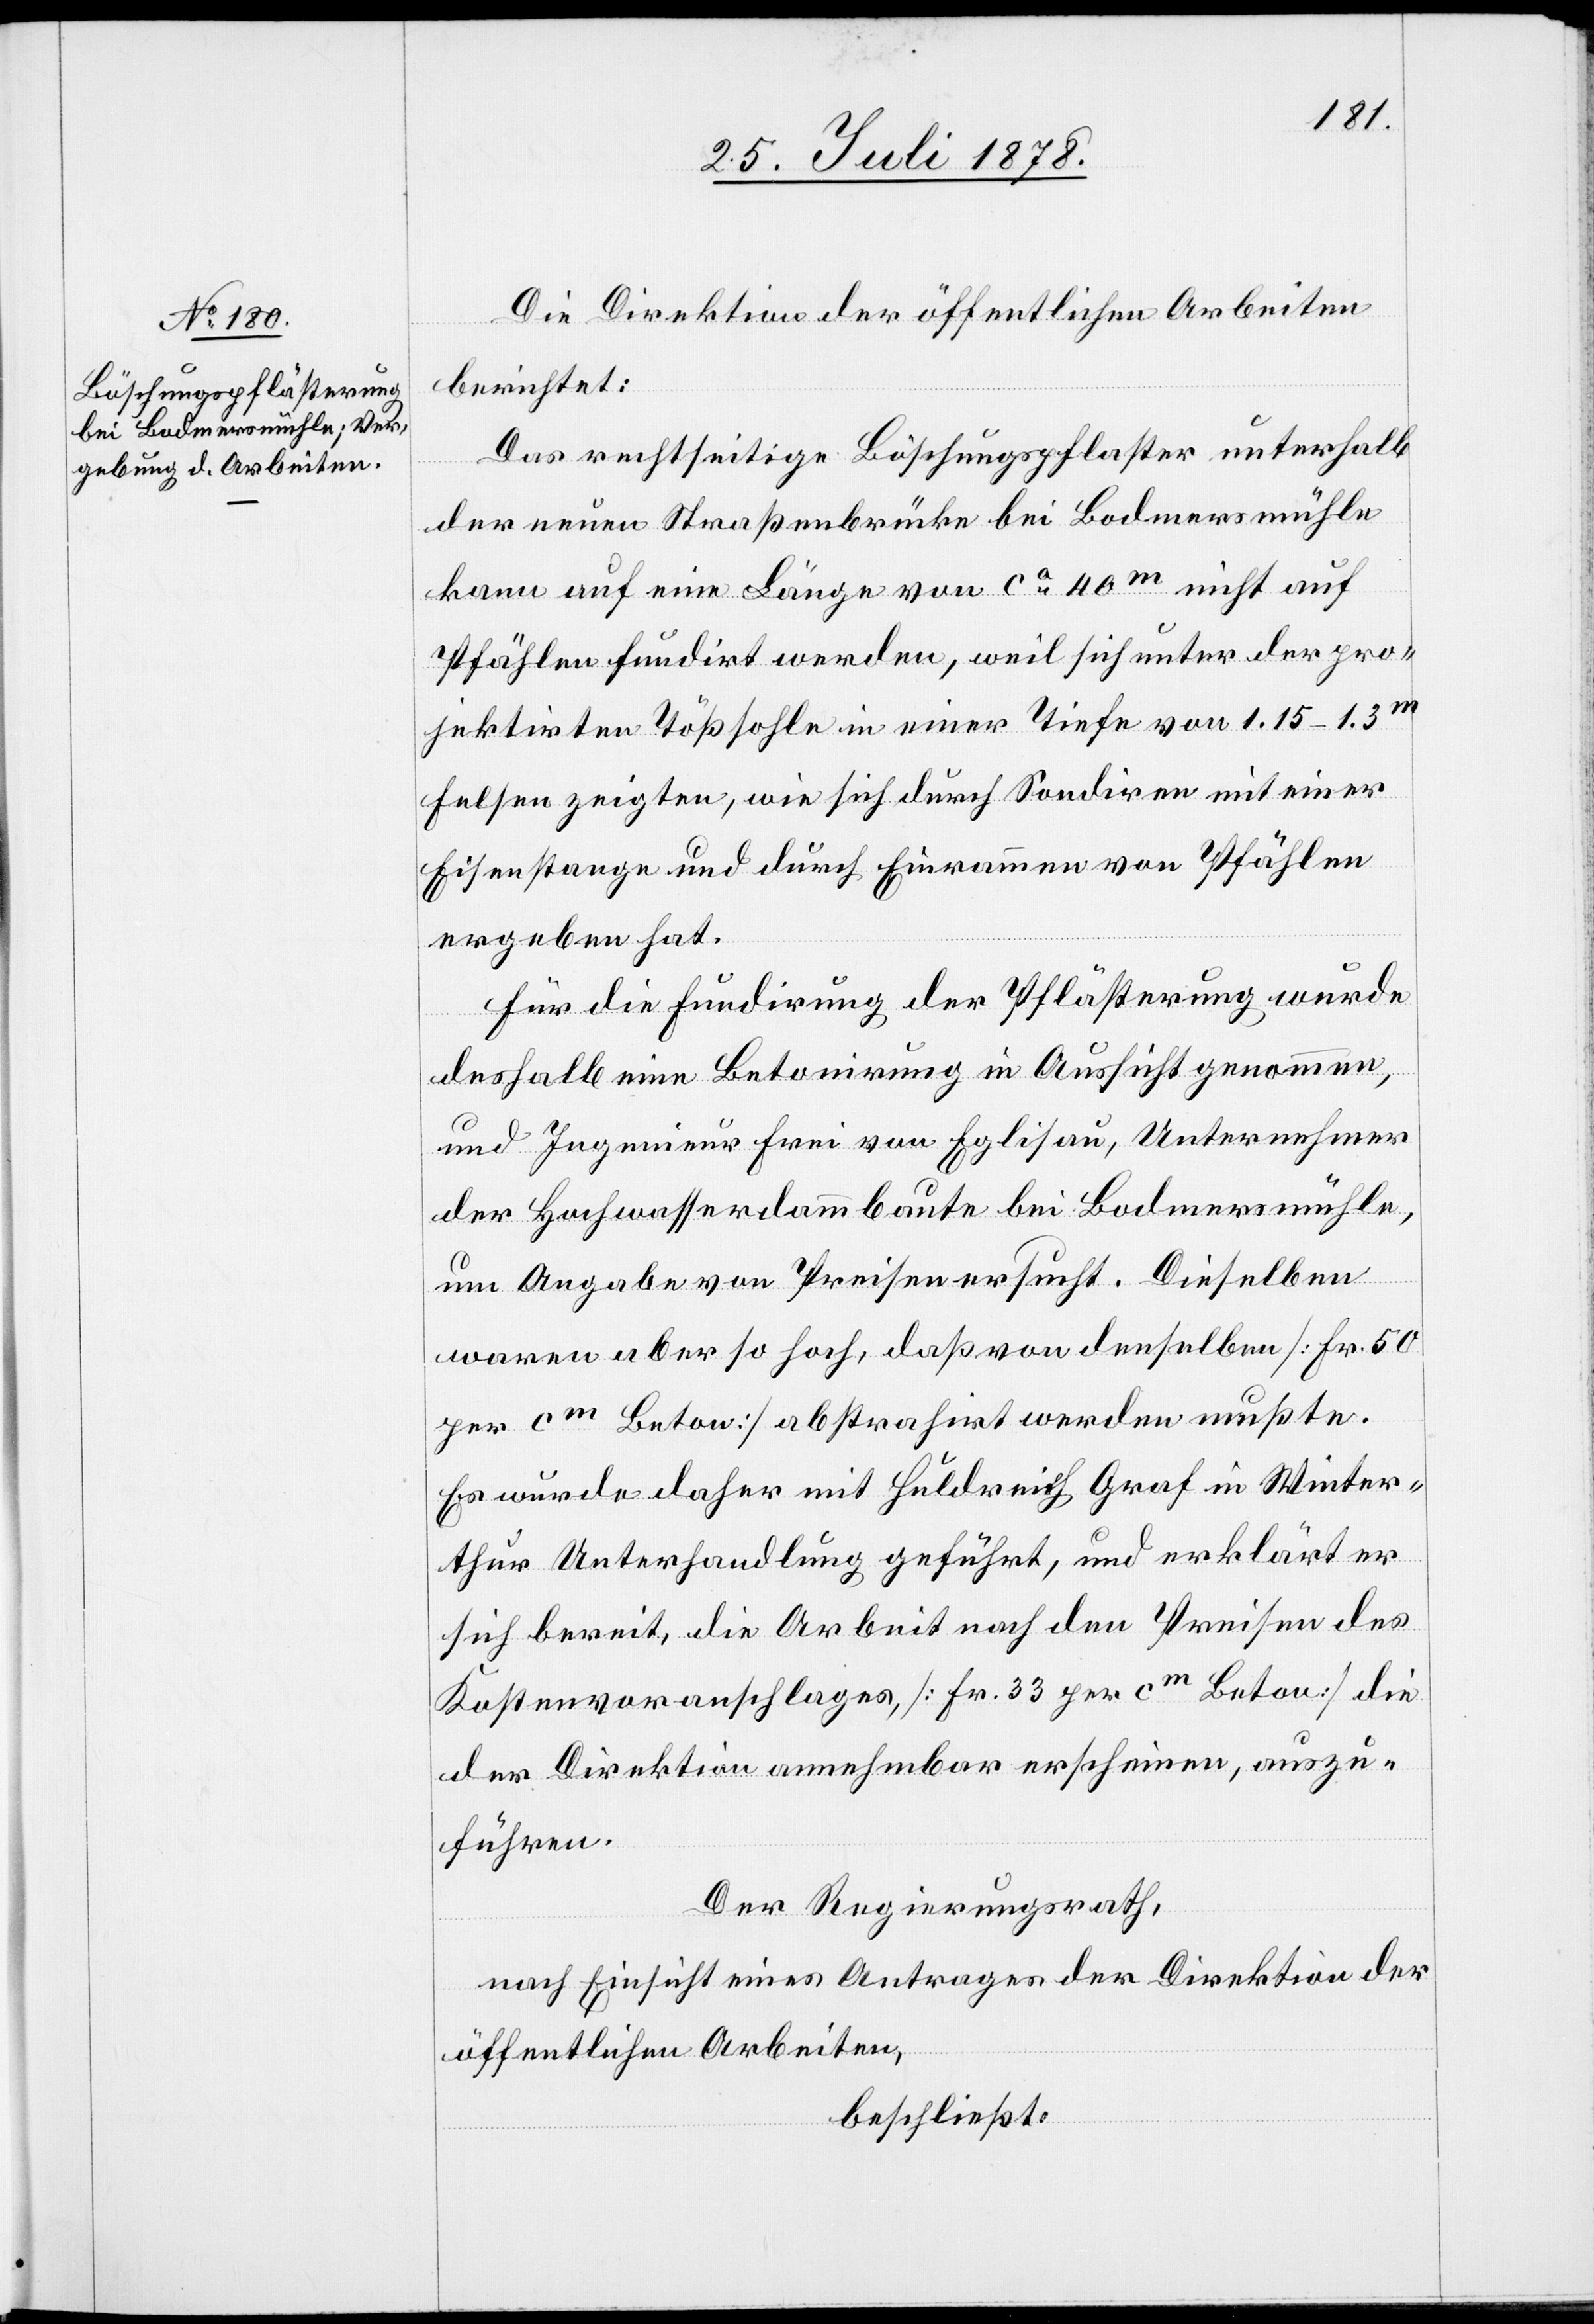
Die Direktion der öffentlichen Arbeiten
berichtet:
Das rechtseitige Böschungspflaster unterhalb
der neuen Straßenbrücke bei Bodmersmühle
kann auf eine Länge von ca 40m nicht auf
Pfählen fundirt werden, weil sich unter der pro¬
jektirten Tößsohle in einer Tiefe von 1.15–1.3m
Felsen zeigten, wie sich durch Sondiren mit einer
Eisenstange und durch Einrammen von Pfählen
ergeben hat.
Für die Fundirung der Pflästerung wurde
deshalb eine Betonirung in Aussicht genommen,
und Ingenieur Frei von Eglisau, Unternehmer
der Hochwasserdammbaute bei Bodmersmühle,
um Angabe von Preisen ersucht. Dieselben
waren aber so hoch, daß von denselben [Fr. 50
per cm Beton] abstrahirt werden mußte.
Es wurde daher mit Huldrich Graf in Winter¬
thur Unterhandlung geführt, und erklärt er
sich bereit, die Arbeit nach den Preisen des
Kostenvoranschlages, [Fr. 33 per cm Beton] die
der Direktion annehmbar erscheinen, auszu¬
führen.
Der Regierungsrath,
nach Einsicht eines Antrages der Direktion der
öffentlichen Arbeiten,
beschließt: